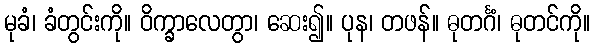
မုခံ၊ ခံတွင်းကို။ ဝိက္ခာလေတွာ၊ ဆေး၍။ ပုန၊ တဖန်။ ဓုတင်္ဂံ၊ ဓုတင်ကို။